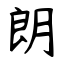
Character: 朗